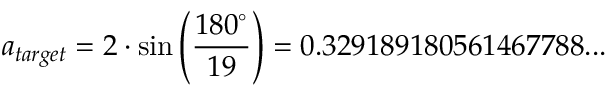
a _ { t a r g e t } = 2 \cdot \sin \left( { \frac { 1 8 0 ^ { \circ } } { 1 9 } } \right) = 0 . 3 2 9 1 8 9 1 8 0 5 6 1 4 6 7 7 8 8 . . .